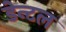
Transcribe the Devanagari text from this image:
डेन्टल